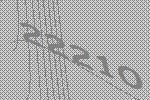
22210